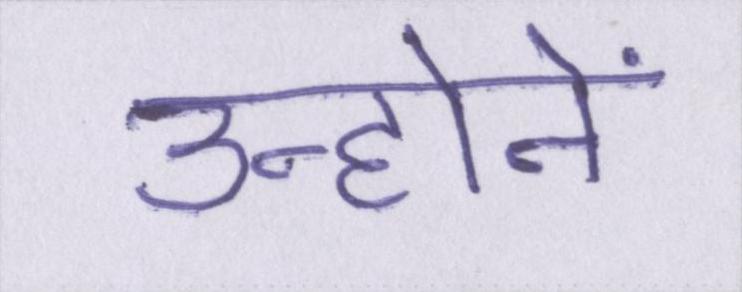
उन्होनें